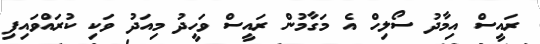
ރައީސް އިމާދު ސޯލިހް އެ މަގާމުން ރައީސް ވަހީދު މިއަދު ވަކި ކުރައްވައިފި